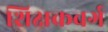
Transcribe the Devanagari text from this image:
शिक्षकवर्ग